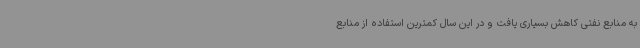
به منابع نفتی کاهش بسیاری یافت و در این سال کمترین استفاده از منابع